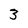
Character: 3